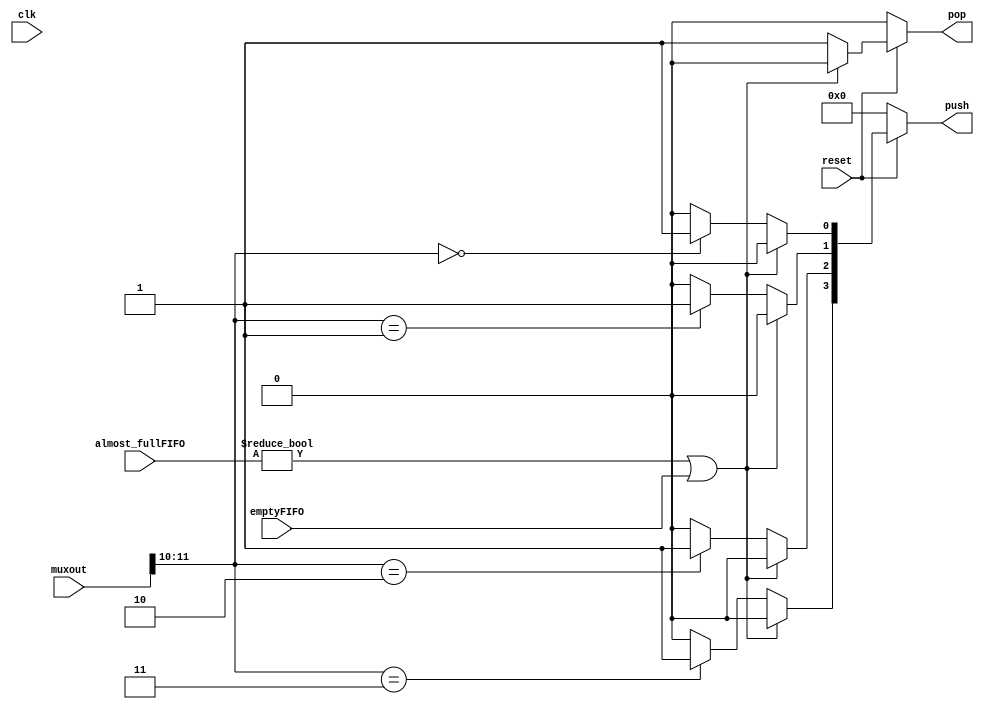
module arbitro2(
    input reset, clk,
    input [11:0] muxout,
    input emptyFIFO,
    input [3:0] almost_fullFIFO, 
    output reg pop,
    output reg [3:0] push);

    integer i;

    always @(*) begin
        pop = 0;
        push = 0;

        if (reset == 0) begin
            pop = 0; 
        end
        
        else if (almost_fullFIFO != 0 || emptyFIFO != 0) begin
            pop = 0;
        end 

//Si class = 00, el push del canal P0 es 1, caso contrario es 0. 
//class = 01, push canal P1 es 1, etc...
        else begin
            pop = 1;
            if (muxout[11:10] == 'b00) push[0] = 1;
            else push[0] = 0;

            if (muxout[11:10] == 'b01) push[1] = 1;
            else push[1] = 0;

            if (muxout[11:10] == 'b10) push[2] = 1;
            else push[2] = 0;

            if (muxout[11:10] == 'b11) push[3] = 1;
            else push[3] = 0;
        end
    end
endmodule